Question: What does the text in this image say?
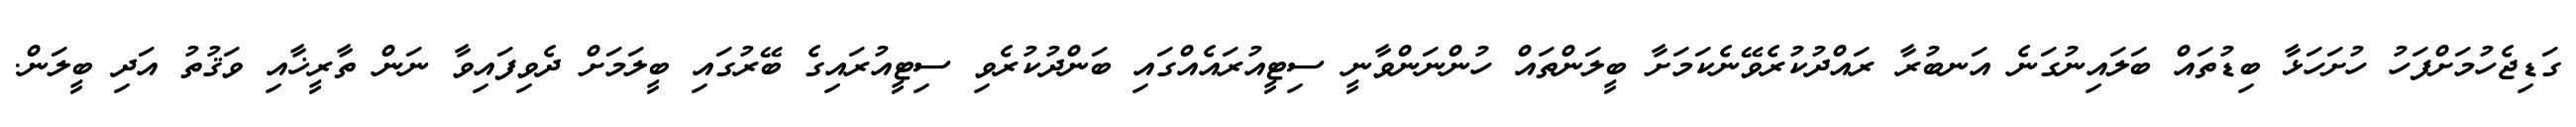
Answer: ގަޑިޖެހުމަށްފަހު ހުށަހަޅާ ބިޑުތައް ބަލައިނުގަނެ އަނބުރާ ރައްދުކުރެވޭނެކަމަށާ ބީލަންތައް ހުންނަންވާނީ ސިޓީއުރައެއްގައި ބަންދުކުރެވި ސިޓީއުރައިގެ ބޭރުގައި ބީލަމަށް ދެވިފައިވާ ނަން ތާރީޚާއި ވަޤުތު އަދި ބީލަން.